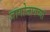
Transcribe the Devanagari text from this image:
जागोजागच्या